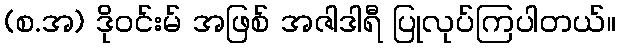
(စ.အ) ဒိုဝင်းမ် အဖြစ် အဇါဒါရီ ပြုလုပ်ကြပါတယ်။